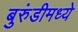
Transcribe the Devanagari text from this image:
बुरुंडीमध्ये